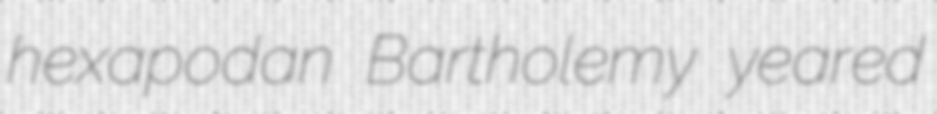
hexapodan Bartholemy yeared